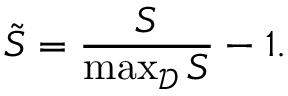
\tilde { S } = \frac { S } { \operatorname* { m a x } _ { \mathcal { D } } { S } } - 1 .